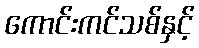
ကောင်းကင်သစ်နှင့်